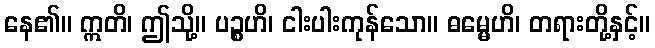
နေ၏။ ဣတိ၊ ဤသို့။ ပဉ္စဟိ၊ ငါးပါးကုန်သော။ ဓမ္မေဟိ၊ တရားတို့နှင့်။